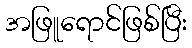
အဖြူရောင်ဖြစ်ပြီး